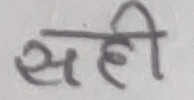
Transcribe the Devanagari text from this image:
सही